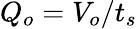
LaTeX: Q_{o}=V_{o}/t_{s}